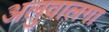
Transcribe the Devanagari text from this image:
अलुवालगा